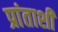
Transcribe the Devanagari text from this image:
प्रांताशी